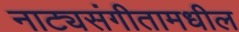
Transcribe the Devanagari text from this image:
नाट्यसंगीतामधील